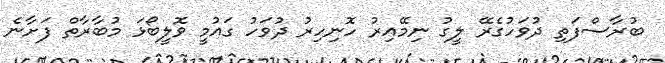
ބުރާސްފަތި ދުވަހުގެރޭ ލީގު ނިމޭއިރު ހޮނިހިރު ދުވަހު ގައުމީ ވޮލީބޯޅަ މުބާރާތް ފަށާނެ